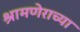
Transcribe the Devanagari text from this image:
श्रामणेराच्या